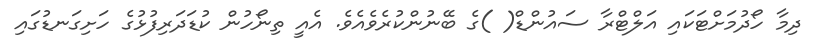
ދިމާ ހޯދުމަށްޓަކައި އަލްޓްރާ ސައުންޑް( )ގެ ބޭނުންކުރެވެއެވެ. އެއީ ތިނޯހުން ކުޑަދަރިފުޅުގެ ހަށިގަނޑުގައި